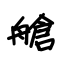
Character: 艙